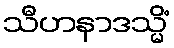
သီဟနာဒသ္မိံ